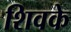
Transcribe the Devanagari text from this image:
शिवके